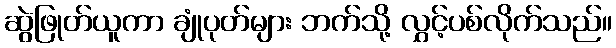
ဆွဲဖြုတ်ယူကာ ချုံပုတ်များ ဘက်သို့ လွှင့်ပစ်လိုက်သည်။